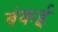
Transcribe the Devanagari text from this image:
बंकई